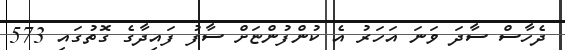
ދެހާސް ސާދަ ވަނަ އަހަރު އެ ކުންފުންޏަށް ސާފު ފައިދާގެ ގޮތުގައި 573